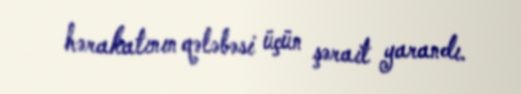
hərakatının qələbəsi üçün şərait yarandı.